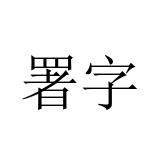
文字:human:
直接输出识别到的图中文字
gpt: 署字